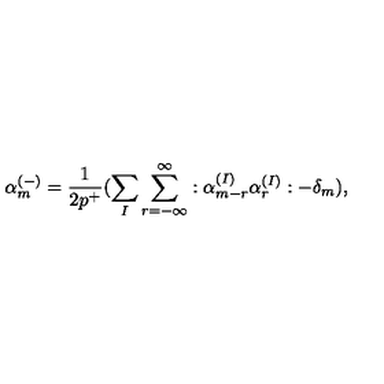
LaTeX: \alpha _ { m } ^ { ( - ) } = \frac { 1 } { 2 p ^ { + } } ( \sum _ { I } \sum _ { r = - \infty } ^ { \infty } : \alpha _ { m - r } ^ { ( I ) } \alpha _ { r } ^ { ( I ) } : - \delta _ { m } ) ,